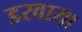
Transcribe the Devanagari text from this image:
डरवाया